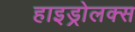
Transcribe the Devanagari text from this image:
हाइड्रोलक्स